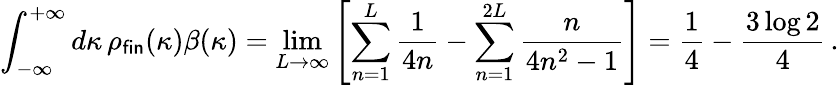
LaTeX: \int_{-\infty}^{+\infty}d\kappa\, \rho_{\textsf{fin}}(\kappa)\beta(\kappa)=\operatorname*{lim}_{L\to\infty}\left[\sum_{n=1}^{L}\frac{1}{4n}-\sum_{n=1}^{2L}\frac{n}{4n^{2}-1}\right]=\frac{1}{4}-\frac{3\log 2}{4}\, .